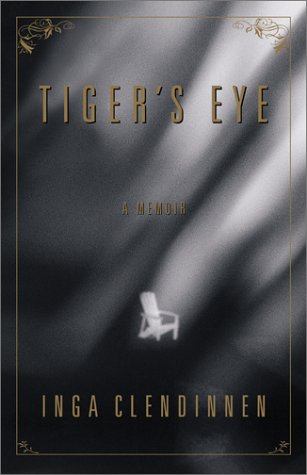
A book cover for Tiger's Eye: A Memoir; Inga Clendinnen; Health, Fitness & Dieting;